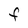
Character: F